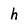
Character: h